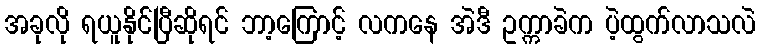
အခုလို ရယူနိုင်ပြီဆိုရင် ဘာ့ကြောင့် လကနေ အဲဒီ ဥက္ကာခဲက ပဲ့ထွက်လာသလဲ